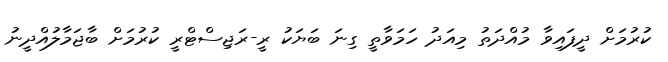
ކުރުމަށް ދީފައިވާ މުއްދަތު މިއަދު ހަމަވާތީ ގިނަ ބަޔަކު ރީ-ރަޖިސްޓްރީ ކުރުމަށް ބާޖަމާލުއްދީނު